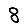
Digit: 8